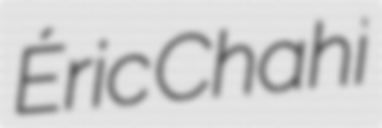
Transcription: Éric Chahi